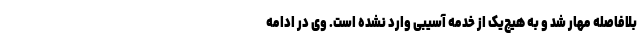
بلافاصله مهار شد و به هیچ‌یک از خدمه آسیبی وارد نشده است. وی در ادامه